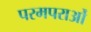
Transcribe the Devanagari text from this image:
परमपराओं